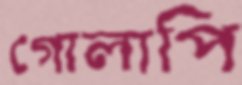
গোলাপি